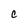
Character: C